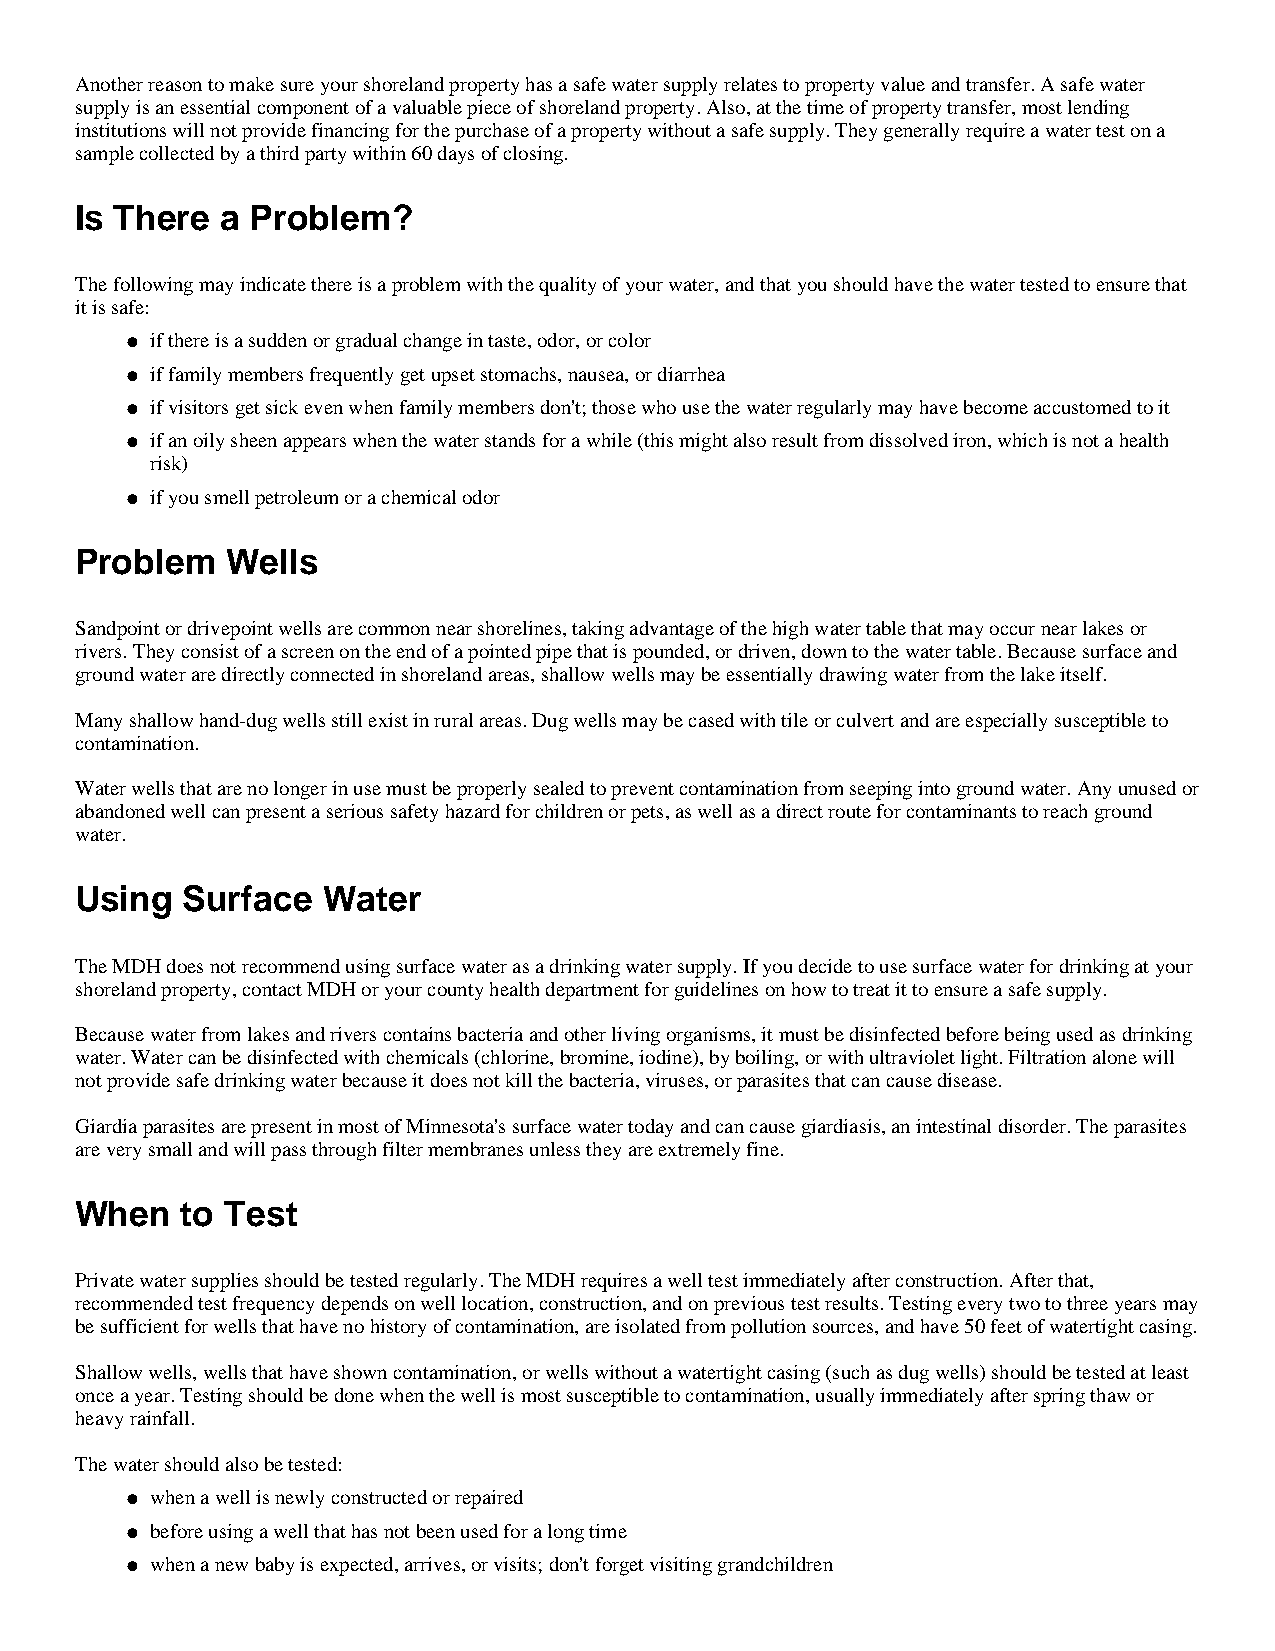
Another reason to make sure your shoreland property has a safe water supply relates to property value and transfer. A safe water
 supply is an essential component of a valuable piece of shoreland property. Also, at the time of property transfer, most lending
 institutions will not provide financing for the purchase of a property without a safe supply. They generally require a water test on a
 sample collected by a third party within 60 days of closing.
 Is There  a Problem?
 The following may indicate there is a problem with the quality of your water, and that you should have the water tested to ensure that
 it is safe:
 l if there is a sudden or gradual change in taste, odor, or color
 l if family members frequently get upset stomachs, nausea, or diarrhea
 l if visitors get sick even when family members don't; those who use the water regularly may have become accustomed to it
 l if an oily sheen appears when the water stands for a while (this might also result from dissolved iron, which is not a health
 risk)
 l if you smell petroleum or a chemical odor
 Problem   Wells
 Sandpoint or drivepoint wells are common near shorelines, taking advantage of the high water table that may occur near lakes or
 rivers. They consist of a screen on the end of a pointed pipe that is pounded, or driven, down to the water table. Because surface and
 ground water are directly connected in shoreland areas, shallow wells may be essentially drawing water from the lake itself.
 Many shallow hand-dug wells still exist in rural areas. Dug wells may be cased with tile or culvert and are especially susceptible to
 contamination.
 Water wells that are no longer in use must be properly sealed to prevent contamination from seeping into ground water. Any unused or
 abandoned well can present a serious safety hazard for children or pets, as well as a direct route for contaminants to reach ground
 water.
 Using  Surface  Water
 The MDH does not recommend using surface water as a drinking water supply. If you decide to use surface water for drinking at your
 shoreland property, contact MDH or your county health department for guidelines on how to treat it to ensure a safe supply.
 Because water from lakes and rivers contains bacteria and other living organisms, it must be disinfected before being used as drinking
 water. Water can be disinfected with chemicals (chlorine, bromine, iodine), by boiling, or with ultraviolet light. Filtration alone will
 not provide safe drinking water because it does not kill the bacteria, viruses, or parasites that can cause disease.
 Giardia parasites are present in most of Minnesota's surface water today and can cause giardiasis, an intestinal disorder. The parasites
 are very small and will pass through filter membranes unless they are extremely fine.
 When   to Test
 Private water supplies should be tested regularly. The MDH requires a well test immediately after construction. After that,
 recommended test frequency depends on well location, construction, and on previous test results. Testing every two to three years may
 be sufficient for wells that have no history of contamination, are isolated from pollution sources, and have 50 feet of watertight casing.
 Shallow wells, wells that have shown contamination, or wells without a watertight casing (such as dug wells) should be tested at least
 once a year. Testing should be done when the well is most susceptible to contamination, usually immediately after spring thaw or
 heavy rainfall.
 The water should also be tested:
 l w hen a well is newly constructed or repaired
 l b efore using a well that has not been used for a long time
 l w hen a new baby is expected, arrives, or visits; don't forget visiting grandchildren